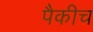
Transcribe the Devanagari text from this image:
पैकीच